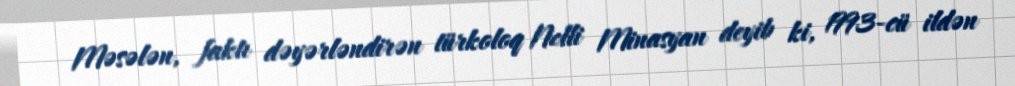
Məsələn, faktı dəyərləndirən türkoloq Nelli Minasyan deyib ki, 1993-cü ildən